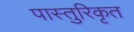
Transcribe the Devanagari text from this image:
पास्तुरिकृत